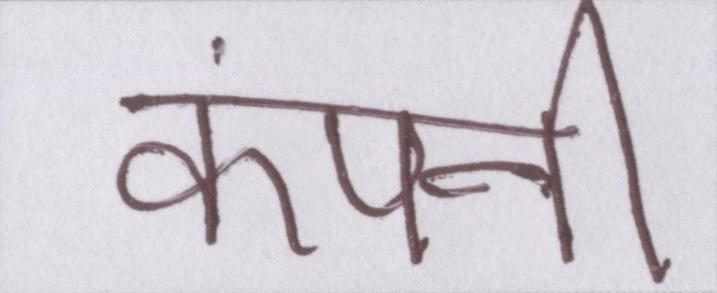
कंपनी